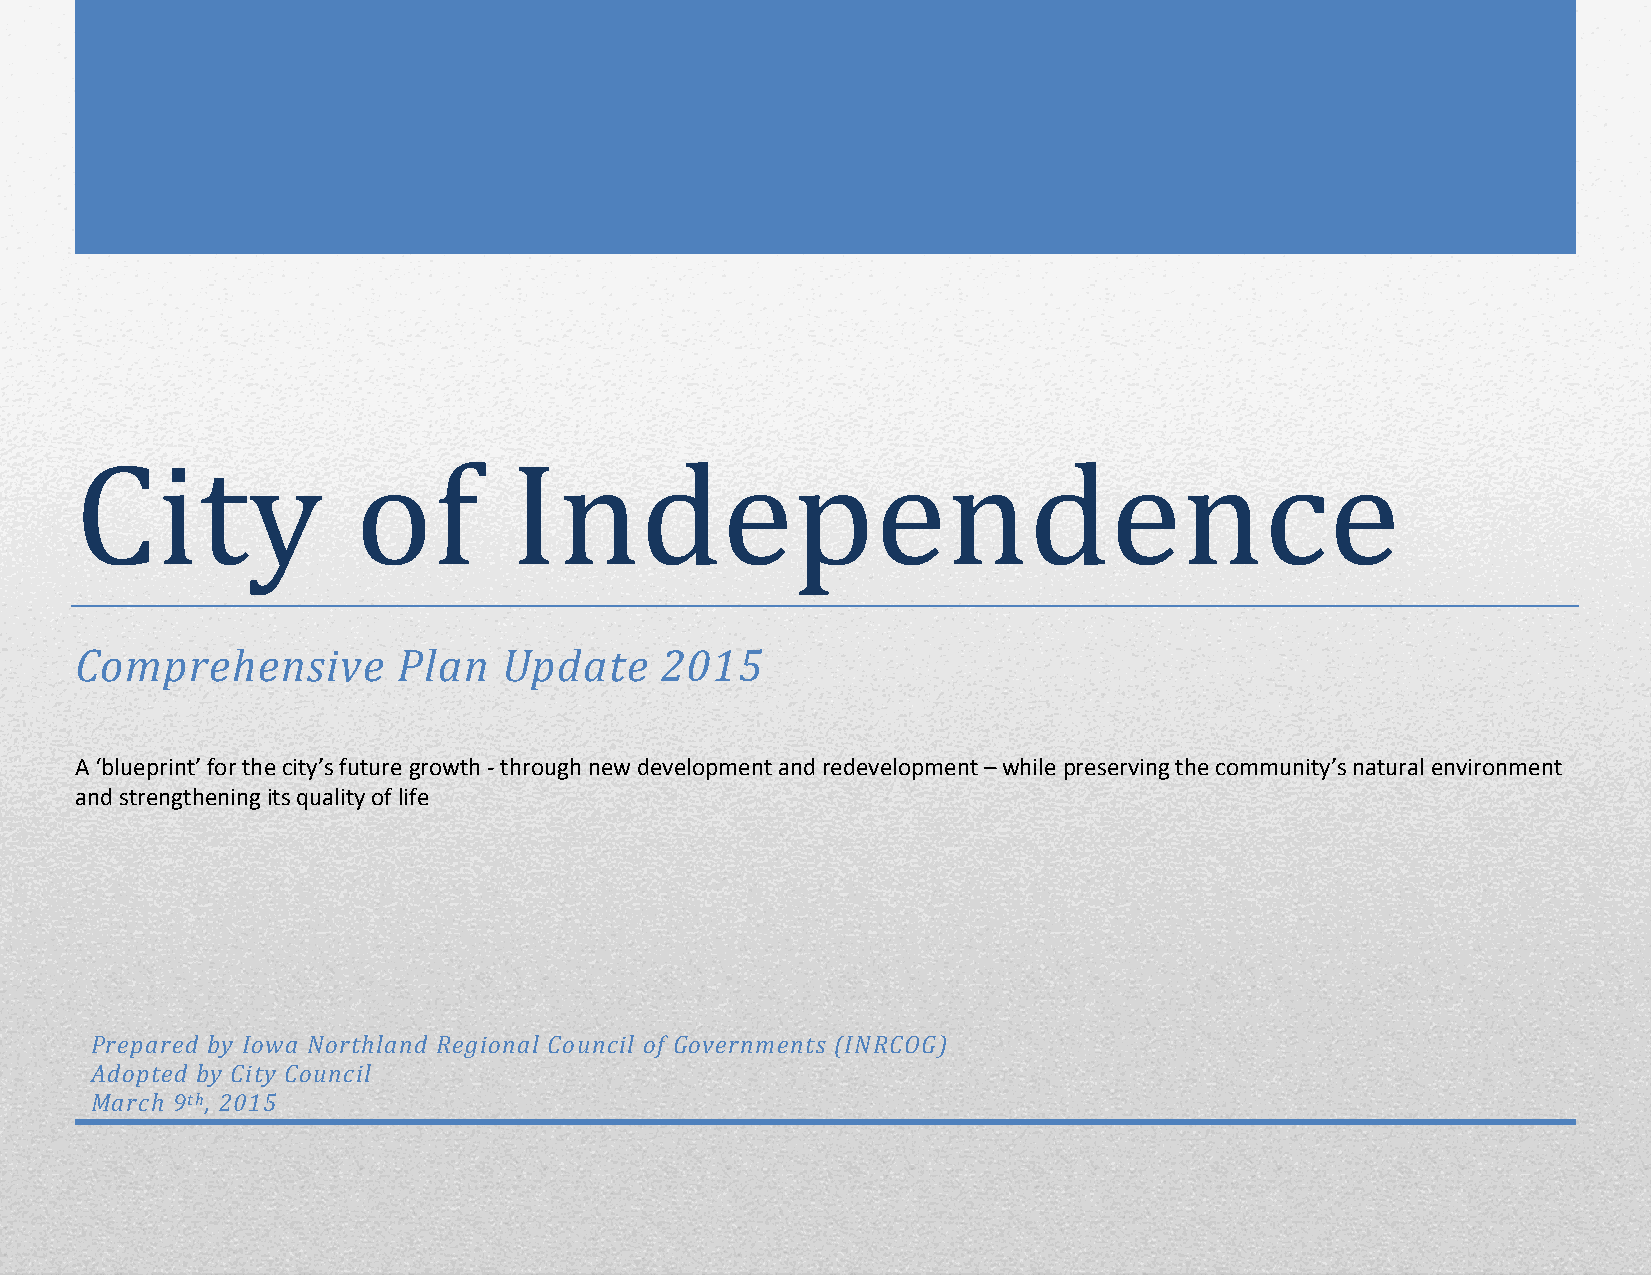
Comprehensive        Plan   Update     2015
 A ‘blueprint’ for the city’s future growth ‐ through new development and redevelopment – while preserving the community’s natural environment
 and strengthening its quality of life
 Prepared by Iowa Northland Regional Council of Governments (INRCOG)
 Adopted by City Council
 March 9th, 2015